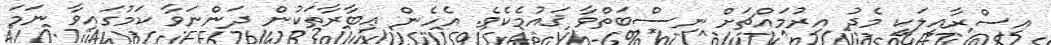
އިސްރާއީލަކީ މެދު އިރުމައްޗަށް ނިސްބަތްވާ ޤައުމެކެވެ. އެހެން ޢިބާރާތަކުން ދަންނަވާ ކަމުގައިވާ ނަމަ